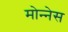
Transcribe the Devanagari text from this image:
मोन्‍नेस